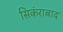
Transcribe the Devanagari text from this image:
सिकंराबाद